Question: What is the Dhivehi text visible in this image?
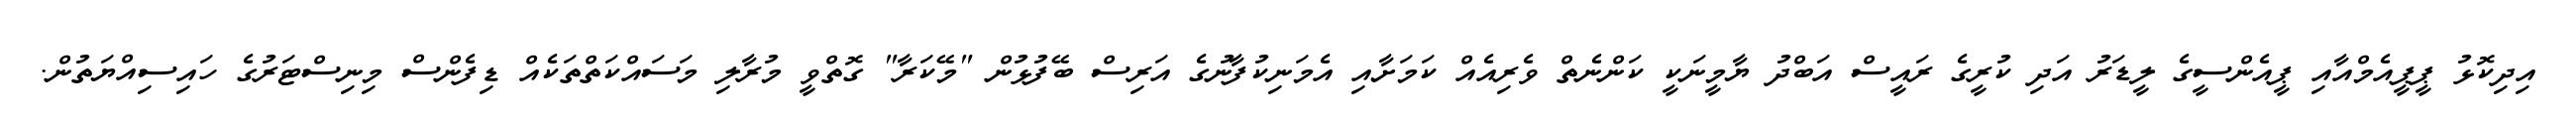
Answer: އިދިކޮޅު ޕީޕީއެމްއާއި ޕީއެންސީގެ ލީޑަރު އަދި ކުރީގެ ރައީސް އަބްދު ޔާމީނަކީ ކަންނެތް ވެރިއެއް ކަމަށާއި އެމަނިކުފާނުގެ އަރިސް ބޭފުޅުން "މޭކަރާ" ގޮތްވީ މުރާލި މަސައްކަތްތަކެއް ޑިފެންސް މިނިސްޓަރުގެ ހައިސިއްޔަތުން.